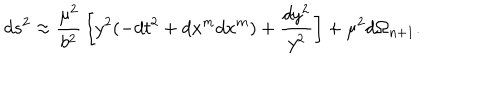
d s ^ { 2 } \approx { \frac { \mu ^ { 2 } } { b ^ { 2 } } } \left[ y ^ { 2 } ( - d t ^ { 2 } + d x ^ { m } d x ^ { m } ) + { \frac { d y ^ { 2 } } { y ^ { 2 } } } \right] + \mu ^ { 2 } d \Omega _ { n + 1 } .